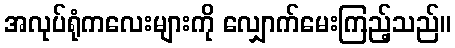
အလုပ်ရုံကလေးများကို လျှောက်မေးကြည့်သည်။